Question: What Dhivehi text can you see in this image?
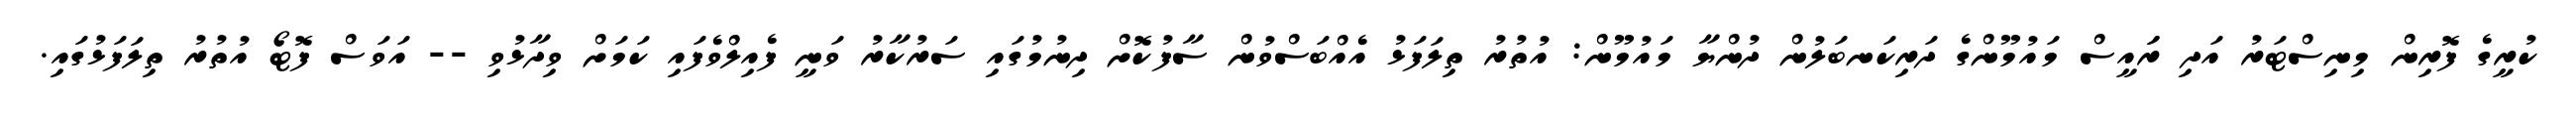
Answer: ކުރީގެ ފޮރިން މިނިސްޓަރު އަދި ރަައީސް މައުމޫންގެ ދަރިކަނބަލުން ދުންޔާ މައުމޫން: އުތުރު ތިލަފަޅު އެއްބަސްވުން ސާފުކޮށް ދިނުމުގައި ސަރުކާރު ވަނީ ފެއިލްވެފައި ކަމަށް ވިދާޅުވި -- އަވަސް ފޮޓޯ އުތުރު ތިލަފަޅުގައި.